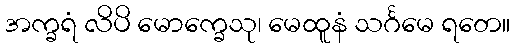
အက္ခရံ လိပိ မောက္ခေသု၊ မေထူနံ သင်္ဂမေ ရတေ။